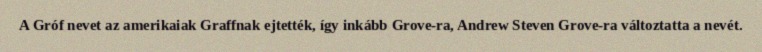
A Gróf nevet az amerikaiak Graffnak ejtették, így inkább Grove-ra, Andrew Steven Grove-ra változtatta a nevét.